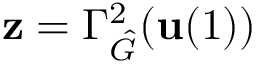
\mathbf { z } = \Gamma _ { \hat { G } } ^ { 2 } ( \mathbf { u } ( 1 ) )